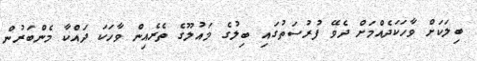
ބިލަކަށް ވާހަކަދެއްމަށް ދެވޭ ފުރުސަތުގައި ބިލުގެ މައުލޫގެ ތެރެއިން ވާހަކަ ދައްކާ މެންބަރުން